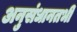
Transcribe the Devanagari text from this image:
अनुसंधानतभी